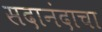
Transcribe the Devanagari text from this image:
सदानंदाचा